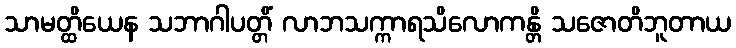
သာမတ္ထိယေန သဘာဂါပတ္တိံ လာဘသက္ကာရသိလောကန္တိ သဇောတိဘူတာယ